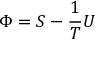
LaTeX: \Phi = S - { \frac { 1 } { T } } U